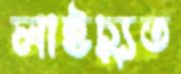
লাইচ্যুত